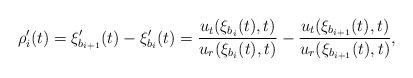
LaTeX: \begin{align*}\rho'_i(t)=\xi_{b_{i+1}}'(t)-\xi_{b_i}'(t)=\frac{u_t(\xi_{b_i}(t),t)}{u_r(\xi_{b_i}(t),t)}-\frac{u_t(\xi_{b_{i+1}}(t),t)}{u_r(\xi_{b_{i+1}}(t),t)},\end{align*}